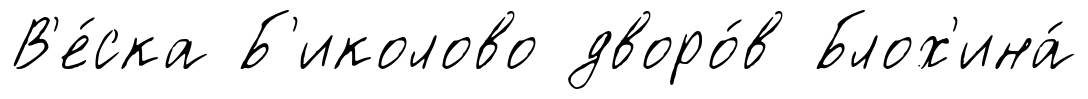
В'е́ска Б'иколово дворо́в Блох'ина́